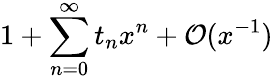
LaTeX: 1+\sum_{n=0}^{\infty}t_{n}x^{n}+{\cal O}(x^{-1})